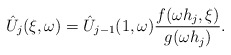
\begin{align*}\hat{U}_j(\xi,\omega) = \hat{U}_{j-1}(1,\omega)\frac{f(\omega h_j, \xi)}{g(\omega h_j)}. \end{align*}